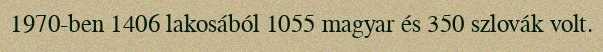
1970-ben 1406 lakosából 1055 magyar és 350 szlovák volt.